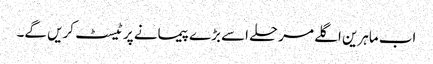
اب ماہرین اگلے مرحلے اسے بڑے پیمانے پر ٹیسٹ کریں گے۔